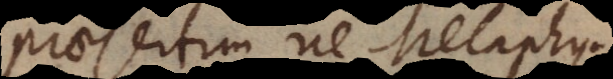
praesertim ne Metaphysicis